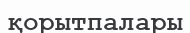
қорытпалары